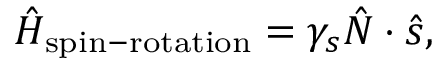
\begin{array} { r } { \hat { H } _ { \mathrm { s p i n - r o t a t i o n } } = \gamma _ { s } \hat { N } \cdot \hat { s } , } \end{array}